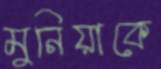
মুনিয়াকে